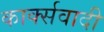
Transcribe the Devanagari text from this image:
कार्क्सवादी